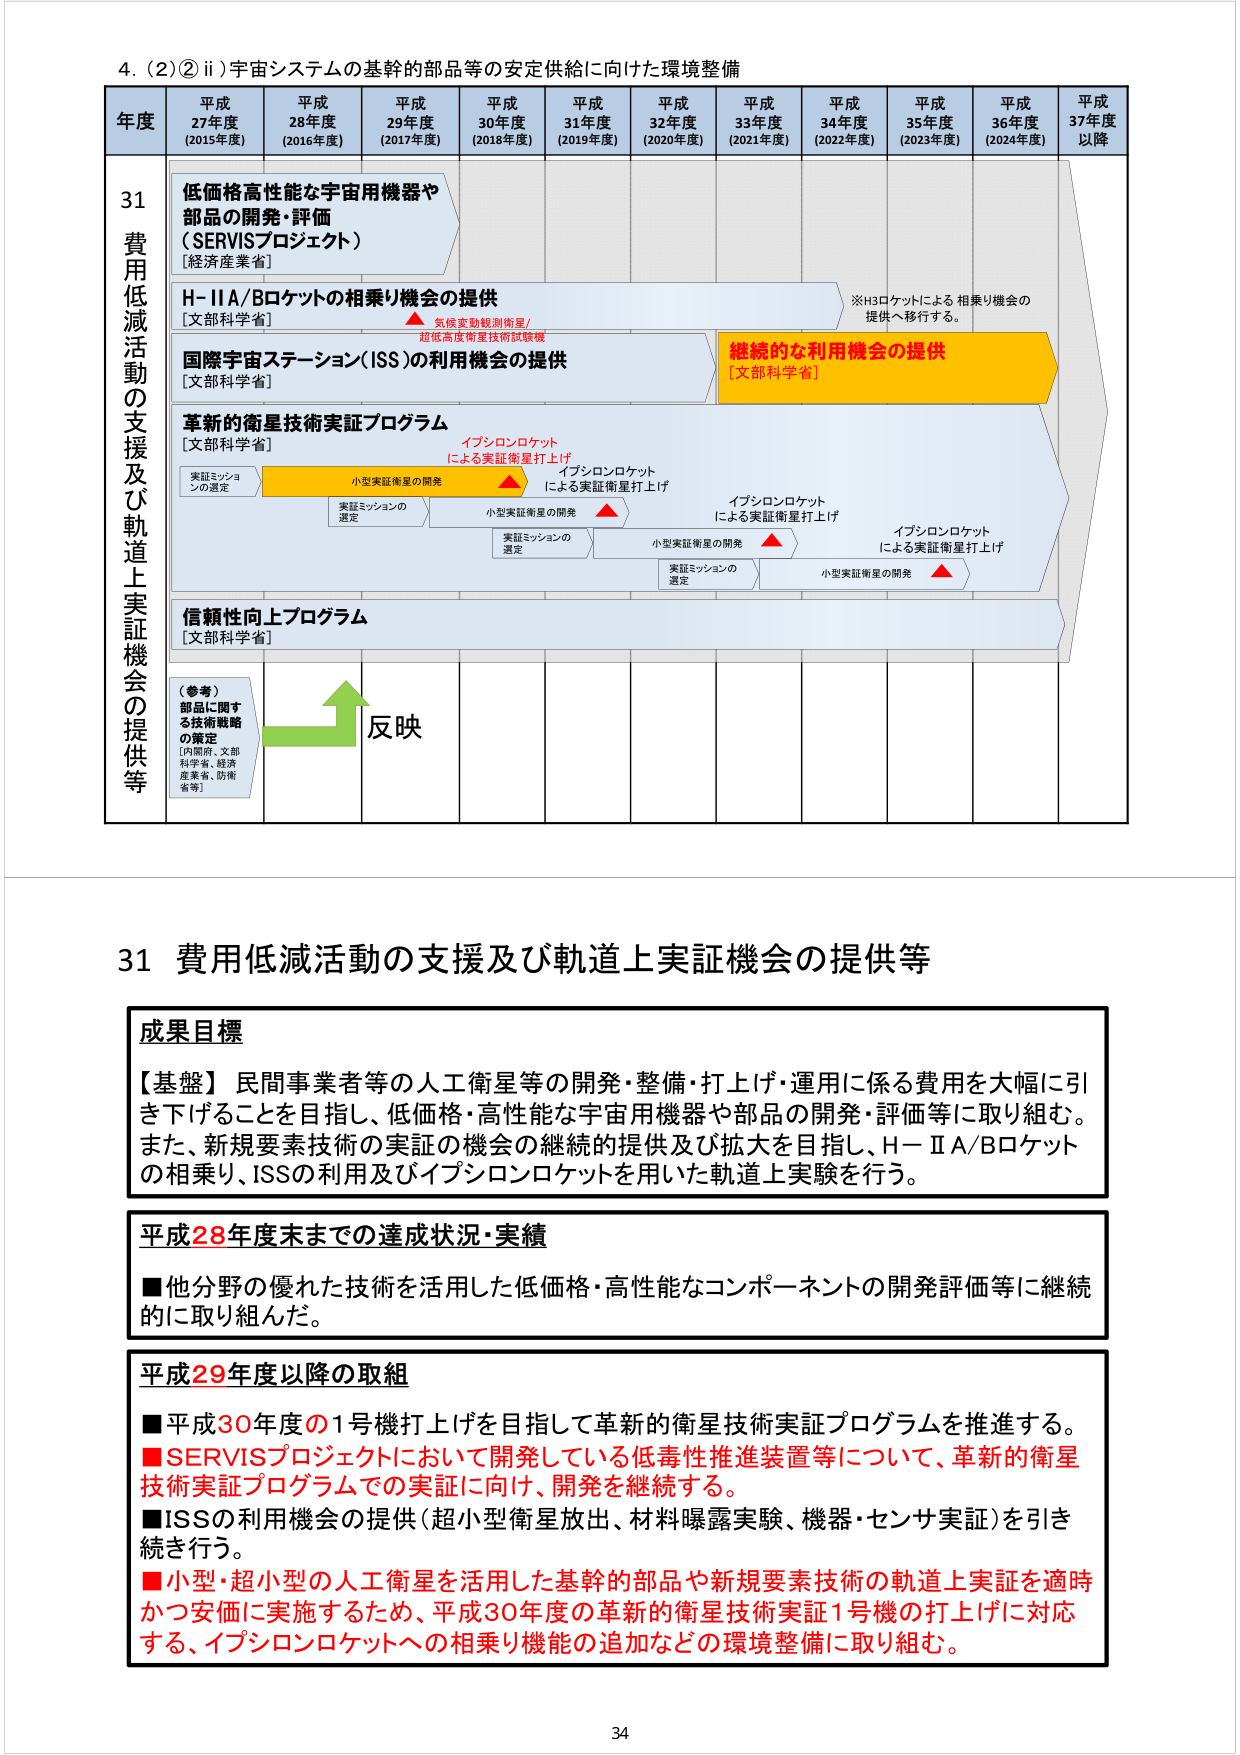
4. (2)② ii) 宇宙システムの基幹的部品等の安定供給に向けた環境整備

年度 平成27年度 (2015年度) 平成28年度 (2016年度) 平成29年度 (2017年度) 平成30年度 (2018年度) 平成31年度 (2019年度) 平成32年度 (2020年度) 平成33年度 (2021年度) 平成34年度 (2022年度) 平成35年度 (2023年度) 平成36年度 (2024年度) 平成37年度以降

31 費用低減活動の支援及び軌道上実証機会の提供等

低価格高性能な宇宙用機器や部品の開発・評価 (SERVISプロジェクト) [経済産業省]

H-IIA/Bロケットの相乗り機会の提供 [文部科学省] ▲ 気候変動観測衛星/超低高度衛星技術試験機

国際宇宙ステーション(ISS)の利用機会の提供 [文部科学省] 継続的な利用機会の提供 [文部科学省] ※H3ロケットによる相乗り機会の提供へ移行する。

革新的衛星技術実証プログラム [文部科学省] イプシロンロケットによる実証衛星打上げ 実証ミッションの選定 小型実証衛星の開発 ▲ イプシロンロケットによる実証衛星打上げ 実証ミッションの選定 小型実証衛星の開発 ▲ イプシロンロケットによる実証衛星打上げ 実証ミッションの選定 小型実証衛星の開発 ▲ イプシロンロケットによる実証衛星打上げ

信頼性向上プログラム [文部科学省]

(参考) 部品に関する技術戦略の策定 [内閣府、文部科学省、経済産業省、防衛省等] 反映

31 費用低減活動の支援及び軌道上実証機会の提供等

成果目標
【基盤】民間事業者等の人工衛星等の開発・整備・打上げ・運用に係る費用を大幅に引き下げることを目指し、低価格・高性能な宇宙用機器や部品の開発・評価等に取り組む。また、新規要素技術の実証の機会の継続的提供及び拡大を目指し、H-IIA/Bロケットの相乗り、ISSの利用及びイプシロンロケットを用いた軌道上実験を行う。

平成28年度末までの達成状況・実績
■他分野の優れた技術を活用した低価格・高性能なコンポーネントの開発評価等に継続的に取り組んだ。

平成29年度以降の取組
■平成30年度の1号機打上げを目指して革新的衛星技術実証プログラムを推進する。
■SERVISプロジェクトにおいて開発している低毒性推進装置等について、革新的衛星技術実証プログラムでの実証に向け、開発を継続する。
■ISSの利用機会の提供（超小型衛星放出、材料曝露実験、機器・センサ実証）を引き続き行う。
■小型・超小型の人工衛星を活用した基幹的部品や新規要素技術の軌道上実証を適時かつ安価に実施するため、平成30年度の革新的衛星技術実証1号機の打上げに対応する、イプシロンロケットへの相乗り機能の追加などの環境整備に取り組む。

34